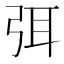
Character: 弭